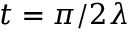
t = \pi / 2 \lambda